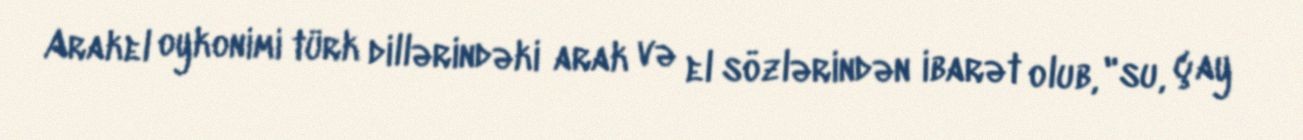
Arakel oykonimi türk dillərindəki arak və el sözlərindən ibarət olub, "su, çay